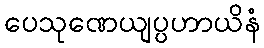
ပေသုဏေယျပ္ပဟာယိနံ